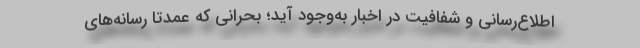
اطلاع‌رسانی و شفافیت در اخبار به‌وجود آید؛ بحرانی که عمدتاً رسانه‌های